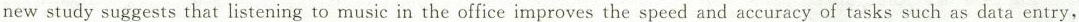
new study suggests that listening to music in the office improves the speed and accuracy of tasks such as data entry,